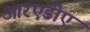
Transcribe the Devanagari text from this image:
आरएडीए